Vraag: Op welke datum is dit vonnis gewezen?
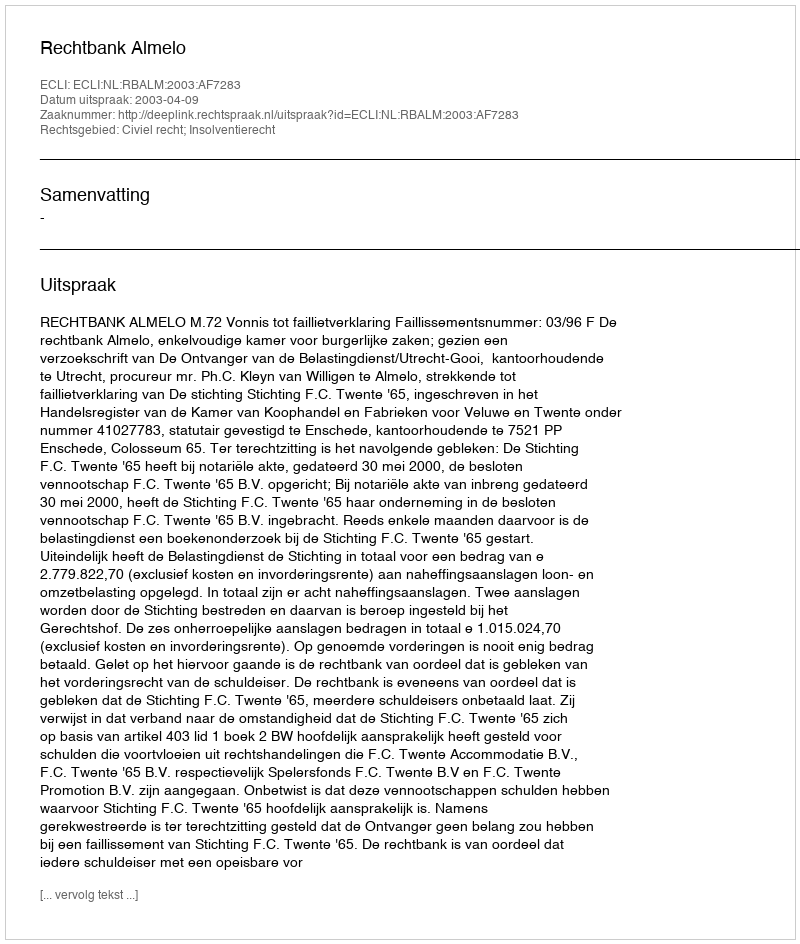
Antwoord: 2003-04-09